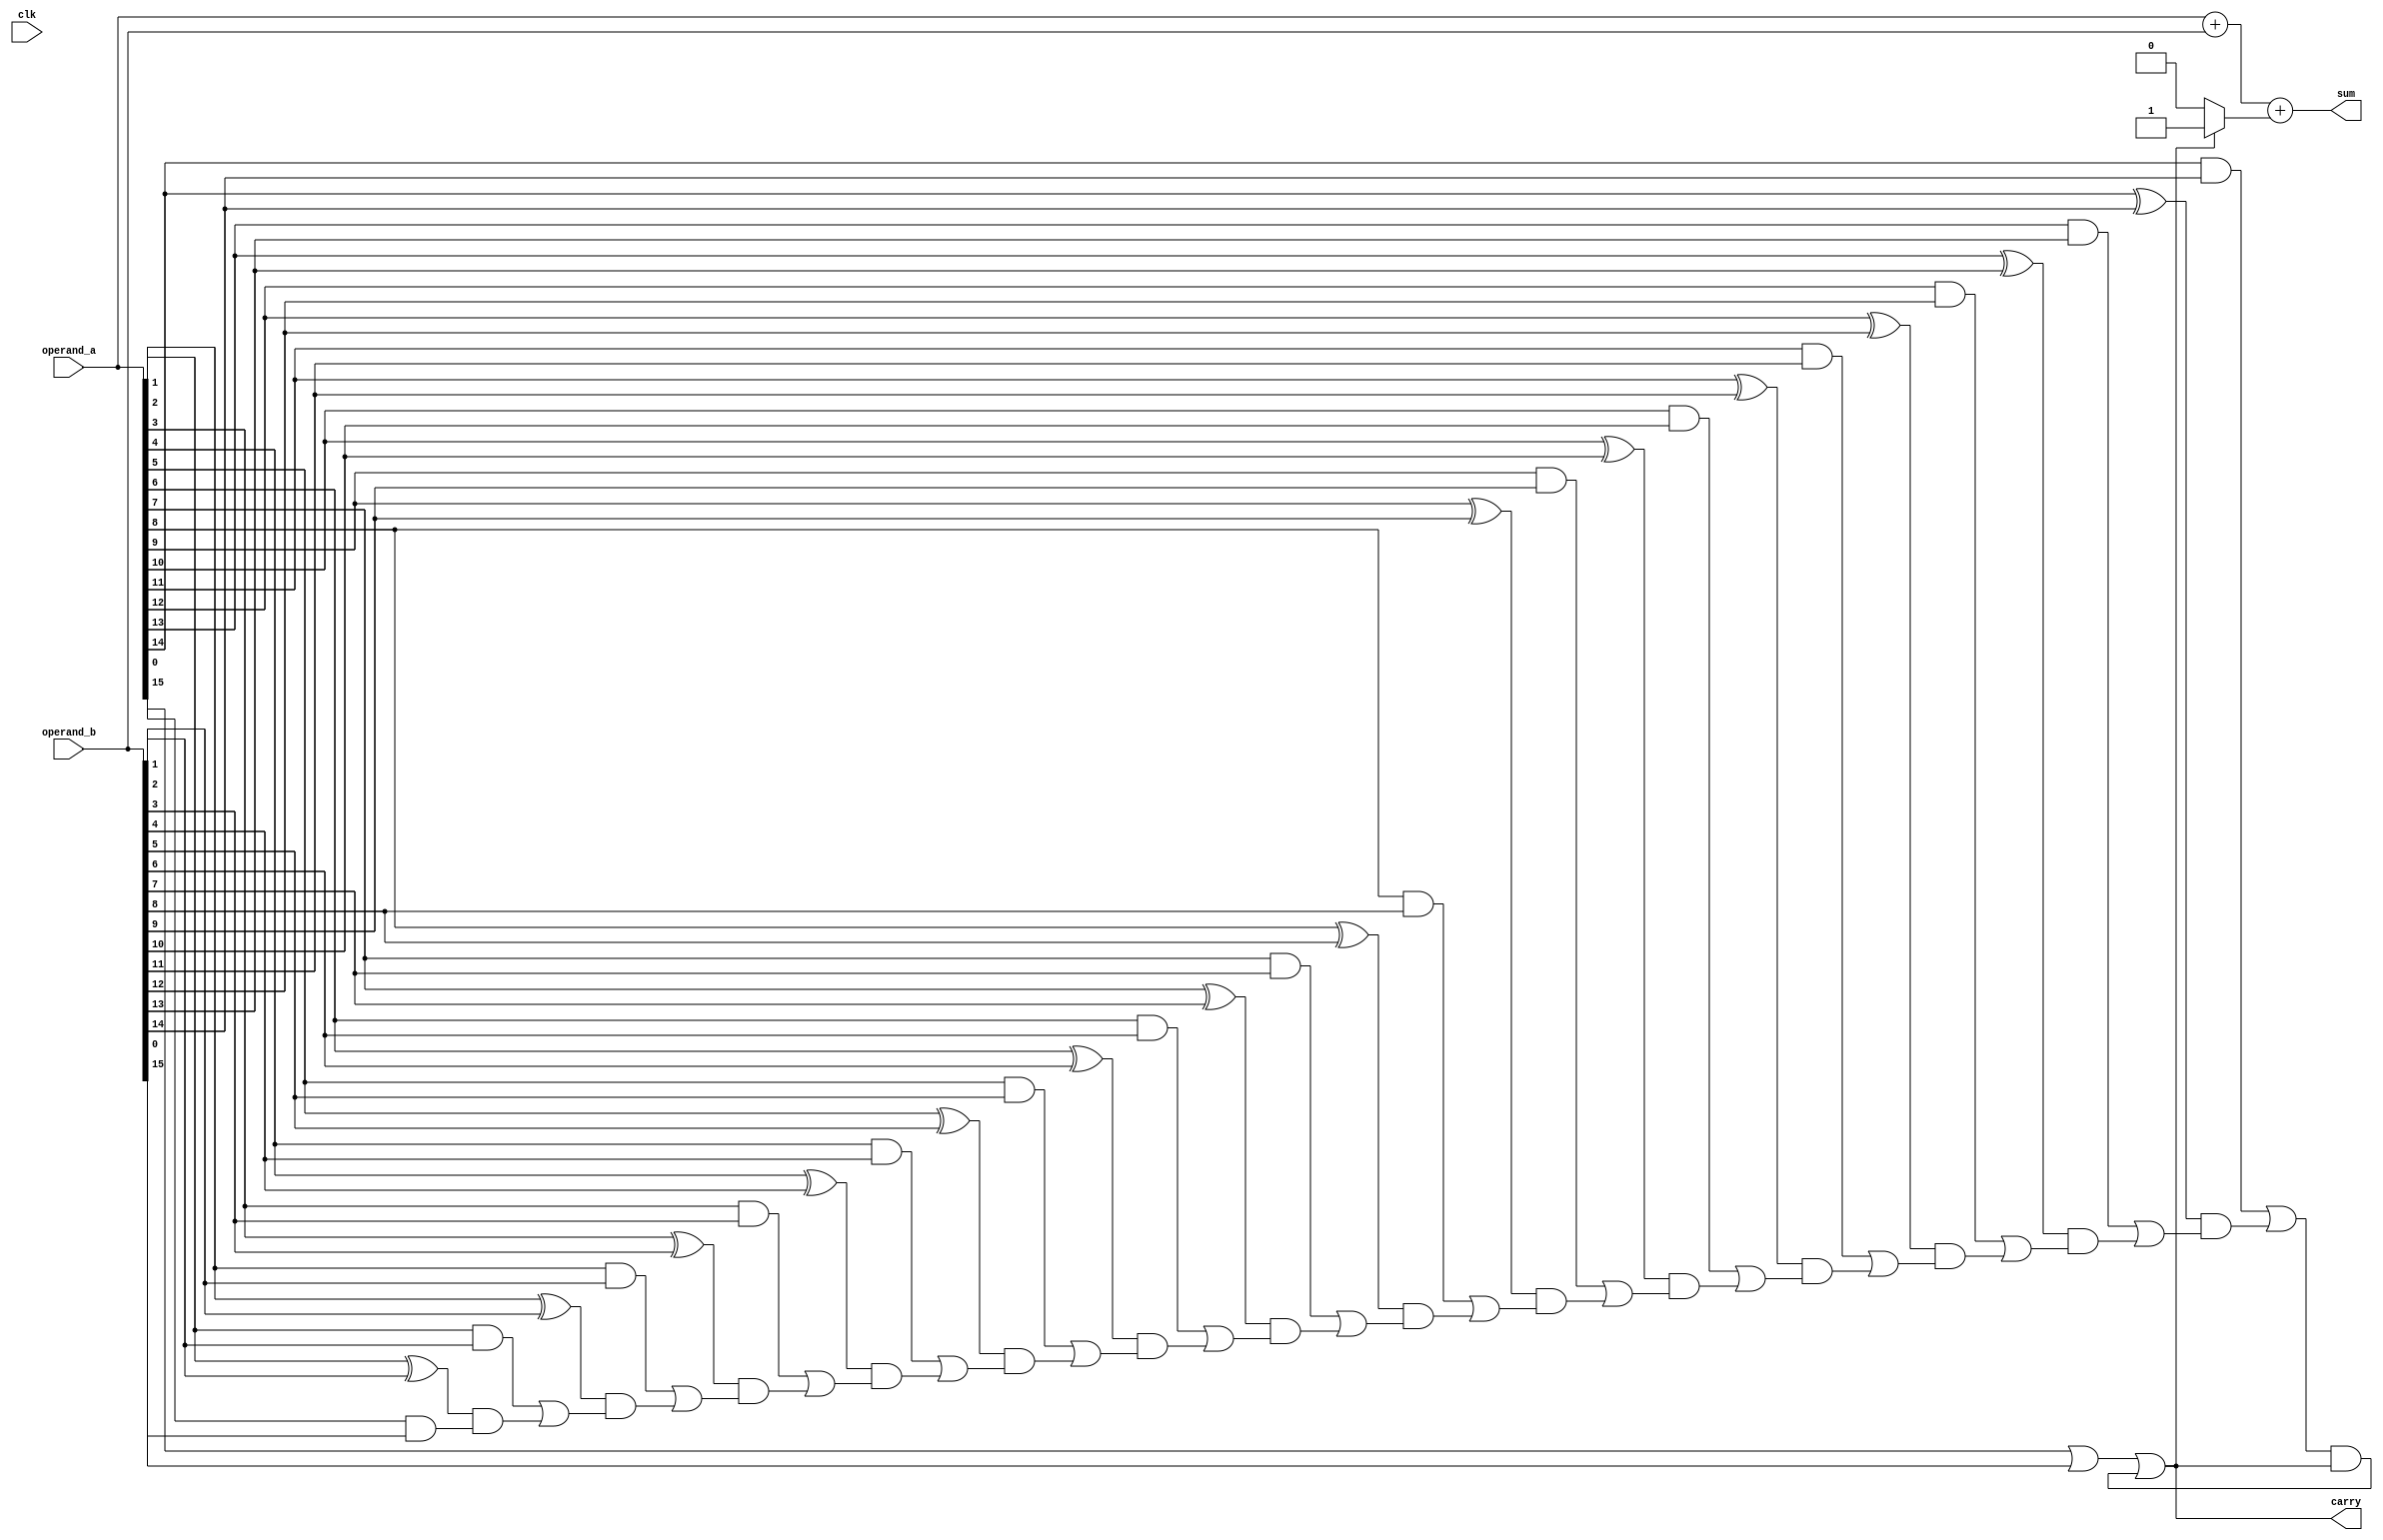
module carry_select_adder (
    input wire clk,
    input wire [15:0] operand_a,
    input wire [15:0] operand_b,
    output wire [15:0] sum,
    output wire carry
);

wire [15:0] propagate_carry;
wire [15:0] generate_carry;

// Carry Propagate Stage
assign propagate_carry[0] = 1'b0;
genvar i;
generate
    for (i = 1; i < 16; i = i+1) begin: propagate_stage
        assign propagate_carry[i] = operand_a[i-1] & operand_b[i-1] | 
                                     (operand_a[i-1] ^ operand_b[i-1]) & propagate_carry[i-1];
    end
endgenerate

// Carry Generate Stage
assign generate_carry[0] = operand_a[0] & operand_b[0];
genvar j;
generate
    for (j = 1; j < 16; j = j+1) begin: generate_stage
        assign generate_carry[j] = operand_a[j] | operand_b[j];
    end
endgenerate

// Carry Select Stage
assign carry = generate_carry[15] | (propagate_carry[15] & carry);
assign sum = operand_a + operand_b + (carry ? 1 : 0);

endmodule